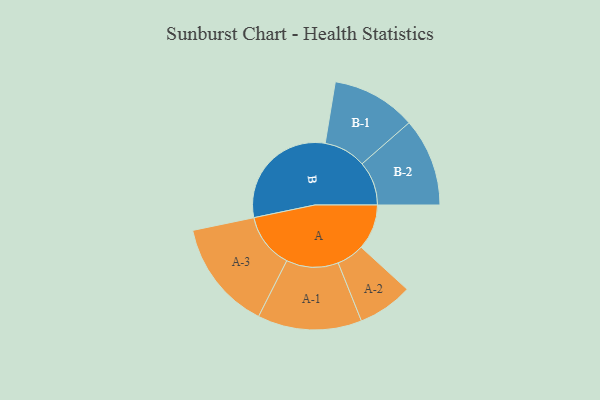
{"axis": {"x": "Segment", "y": "Value"}, "legend": ["", "A", "B"], "data": [{"x": "A", "y": 170, "type": ""}, {"x": "B", "y": 445, "type": ""}, {"x": "A-1", "y": 195, "type": "A"}, {"x": "A-2", "y": 103, "type": "A"}, {"x": "A-3", "y": 206, "type": "A"}, {"x": "B-1", "y": 158, "type": "B"}, {"x": "B-2", "y": 165, "type": "B"}]}